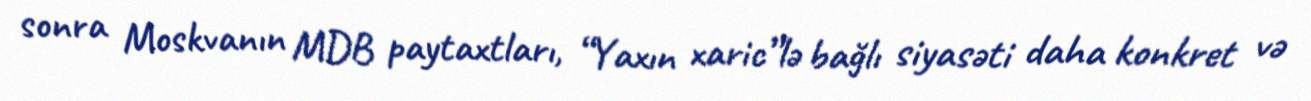
sonra Moskvanın MDB paytaxtları, “Yaxın xaric”lə bağlı siyasəti daha konkret və